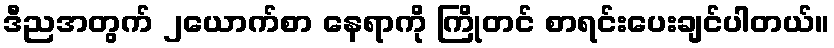
ဒီညအတွက် ၂ယောက်စာ နေရာကို ကြိုတင် စာရင်းပေးချင်ပါတယ်။